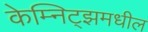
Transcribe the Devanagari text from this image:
केम्निट्झमधील